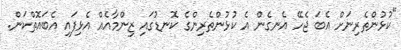
"ކުޅުންތެރިނަށް އެބަ ޖެހޭ އެނގެން އެ ކުޅުންތެރިންގެ ކޮނޑުގައި ޒިންމާއެއް އެޅިފައި އެބައޮތްކަން.